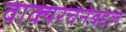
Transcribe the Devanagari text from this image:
वाक्यरचनेबद्दल